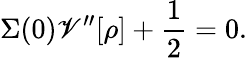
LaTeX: \Sigma(0)\mathscr{V}^{\prime\prime}[\rho]+\frac{{1}}{{2}}=0.